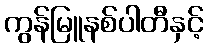
ကွန်မြူနစ်ပါတီနှင့်